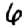
Digit: 6